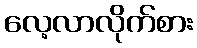
လေ့လာလိုက်စား